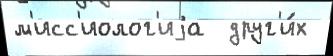
м'исс'иолог'иjа  друг'и́х